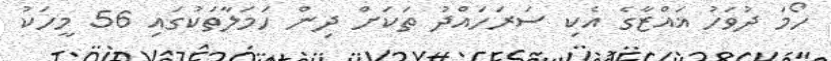
ހޯމަ ދުވަހު ޣައްޒާގެ އެކި ސަރަހައްދު ތަކަށް ދިން ހަމަލާތަކުގައި 56 މީހަކު